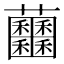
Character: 𧆕